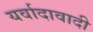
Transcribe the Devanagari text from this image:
यर्वादावादी